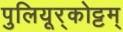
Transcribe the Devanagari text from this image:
पुलियूर्‌कोट्टम्